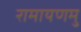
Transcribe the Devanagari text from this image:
रामायणमु